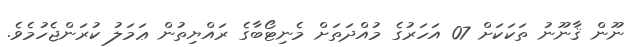
ނޫން ޤާނޫނު ތަކަކަށް 07 އަހަރުގެ މުއްދަތަށް މެނިޓޯބާގެ ރައްޔިތުން ޢަމަލު ކުރަންޖެހުމެވެ.